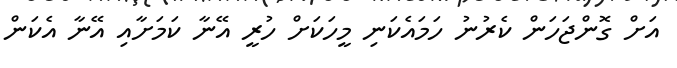
އަށް ގޮންޖަހަން ކެރުނު ހަމައެކަނި މީހަކަށް ހުރީ އޭނާ ކަމަށާއި އޭނާ އެކަން